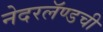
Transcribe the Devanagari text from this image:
नेदरलॅण्डची